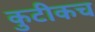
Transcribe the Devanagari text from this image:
कुटीकच